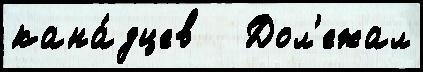
кана́дцев   Дол'ежал